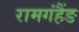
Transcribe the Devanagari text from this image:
रामगंहैंङ